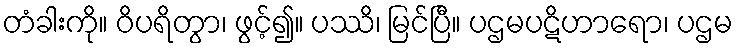
တံခါးကို။ ဝိပရိတွာ၊ ဖွင့်၍။ ပဿိ၊ မြင်ပြီ။ ပဌမပဋိဟာရော၊ ပဌမ